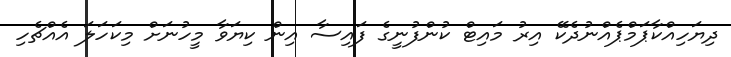
ދިޔަހިއްކާޕަމްޕެއްނުދެކޭ އިރު މައިޓް ކުންފުނީގެ ފައިސާ އިން ކިޔަވާ މީހުނަށް މިކަހަލަ އެއްޗެހި